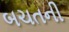
બચતની